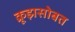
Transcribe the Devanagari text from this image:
क्रूझसोबत